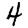
Digit: 4